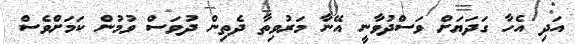
އަދި އެހާ ގަދަޔަށް ވަސްދުވާނީ އޭނާ މަރުވިތާ ދެތިން ދުވަސް ވުމުން ކަމަށްވެސް